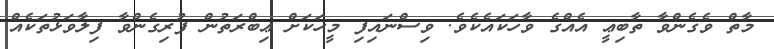
މާތް ވެގެންވާ ތާބިޢީ އެއްގެ ވާހަކައެކެވެ. ވިސްނައިފި މީހަކަށް ޢިބްރަތުން ފުރިގެންވާ ފިލާވަޅުތަކެއް